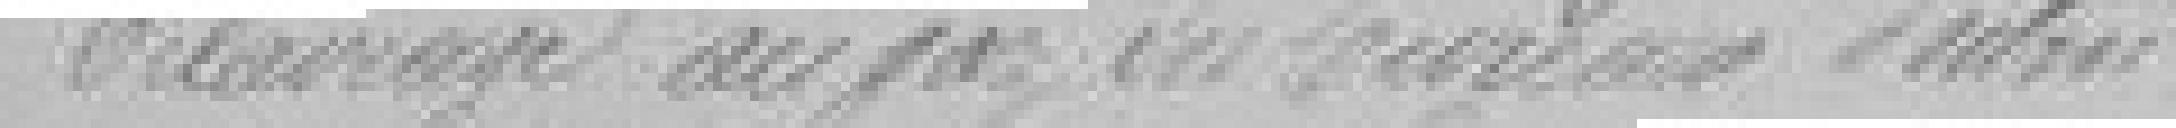
Eclairage au gaz du bureau d'octroi